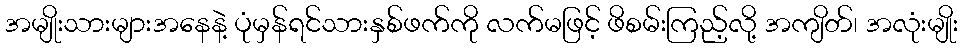
အမျိုးသားများအနေနဲ့ ပုံမှန်ရင်သားနှစ်ဖက်ကို လက်မဖြင့် ဖိစမ်းကြည့်လို့ အကျိတ်၊ အလုံးမျိုး